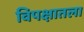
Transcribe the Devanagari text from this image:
विपक्षातला